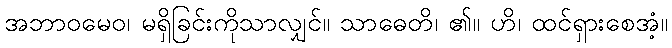
အဘာဝမေဝ၊ မရှိခြင်းကိုသာလျှင်။ သာဓေတိ၊ ၏။ ဟိ၊ ထင်ရှားစေအံ့။